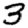
Digit: 3